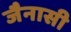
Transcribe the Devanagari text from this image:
जैनासी